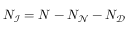
N _ { \mathcal { I } } = N - N _ { \mathcal { N } } - N _ { \mathcal { D } }